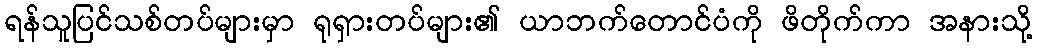
ရန်သူပြင်သစ်တပ်များမှာ ရုရှားတပ်များ၏ ယာဘက်တောင်ပံကို ဖိတိုက်ကာ အနားသို့